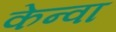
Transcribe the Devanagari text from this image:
केन्वा